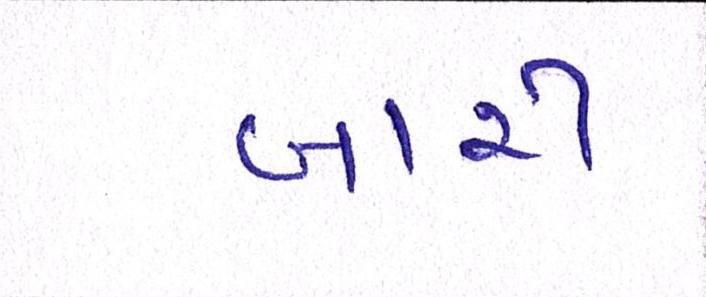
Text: બારી